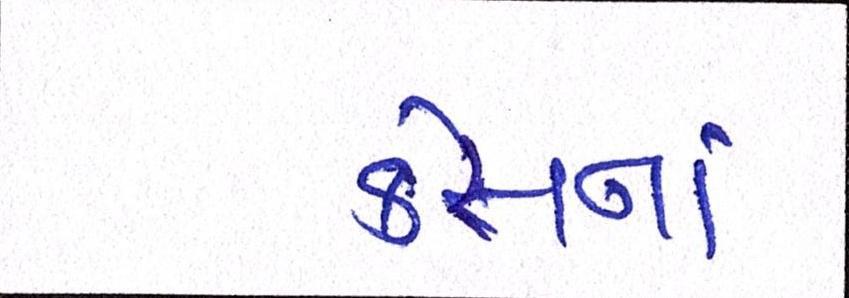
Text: કેસનાં